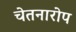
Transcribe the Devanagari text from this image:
चेतनारोप